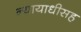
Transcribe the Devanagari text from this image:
न्यायाधीसह